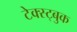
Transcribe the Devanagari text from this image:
टेक्स्ट्बुक